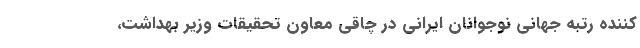
کننده رتبه جهانی نوجوانان ایرانی در چاقی معاون تحقیقات وزیر بهداشت،